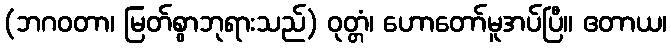
(ဘဂဝတာ၊ မြတ်စွာဘုရားသည်) ဝုတ္တံ၊ ဟောတော်မူအပ်ပြီ။ ဧတာယ၊